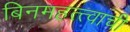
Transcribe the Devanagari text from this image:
बिनमहत्त्वाची